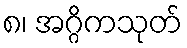
၈၊ အဂ္ဂိကသုတ်